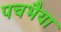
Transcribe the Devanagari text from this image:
पचभैया